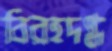
বিরহদগ্ধ